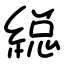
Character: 縂